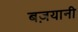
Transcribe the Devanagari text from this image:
बज़यानी